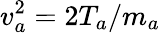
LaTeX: v_{a}^{2}=2T_{a}/m_{a}